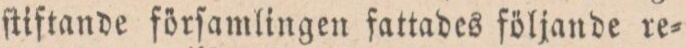
ſtiftande förſamlingen fattades följande re=